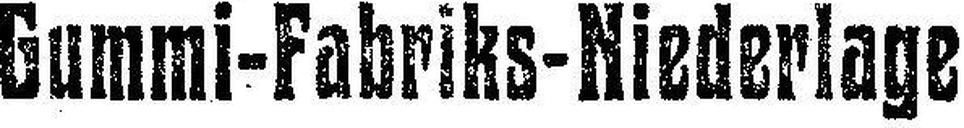
Gummi-Fabriks-Niederlage